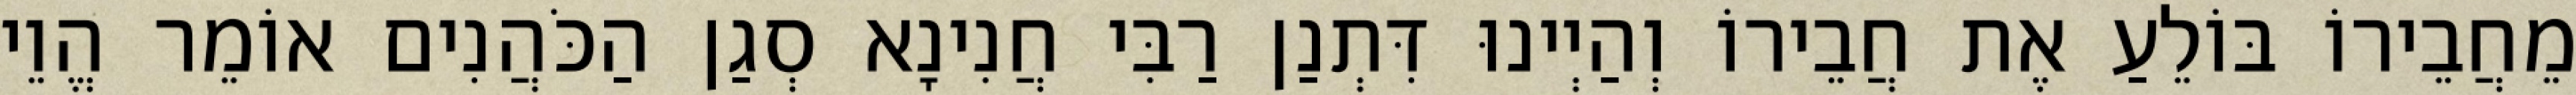
מֵחֲבֵירוֹ בּוֹלֵעַ אֶת חֲבֵירוֹ וְהַיְינוּ דִּתְנַן רַבִּי חֲנִינָא סְגַן הַכֹּהֲנִים אוֹמֵר הֱוֵי